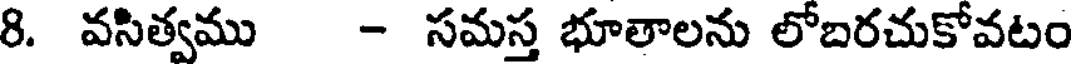
8. వసిత్వము - సమస్త భూతాలను లోబరచుకోవటం